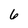
Character: 6